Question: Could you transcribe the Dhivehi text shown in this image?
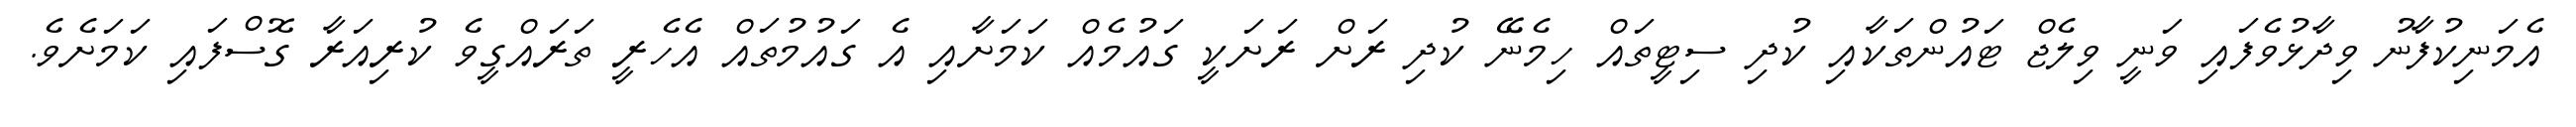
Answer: އެމަނިކުފާނު ވިދާޅުވެފައި ވަނީ ވިލެޖް ޓައުންތަކާއި ކުދި ސިޓީތައް ހިމެނޭ ކުދި ރަށް ރަށަކީ ގައުމެއް ކަމަށާއި އެ ގައުމުތައް އެހެރީ ތަރައްގީވެ ކުރިއަރާ ގޮސްފައި ކަމަށެވެ.